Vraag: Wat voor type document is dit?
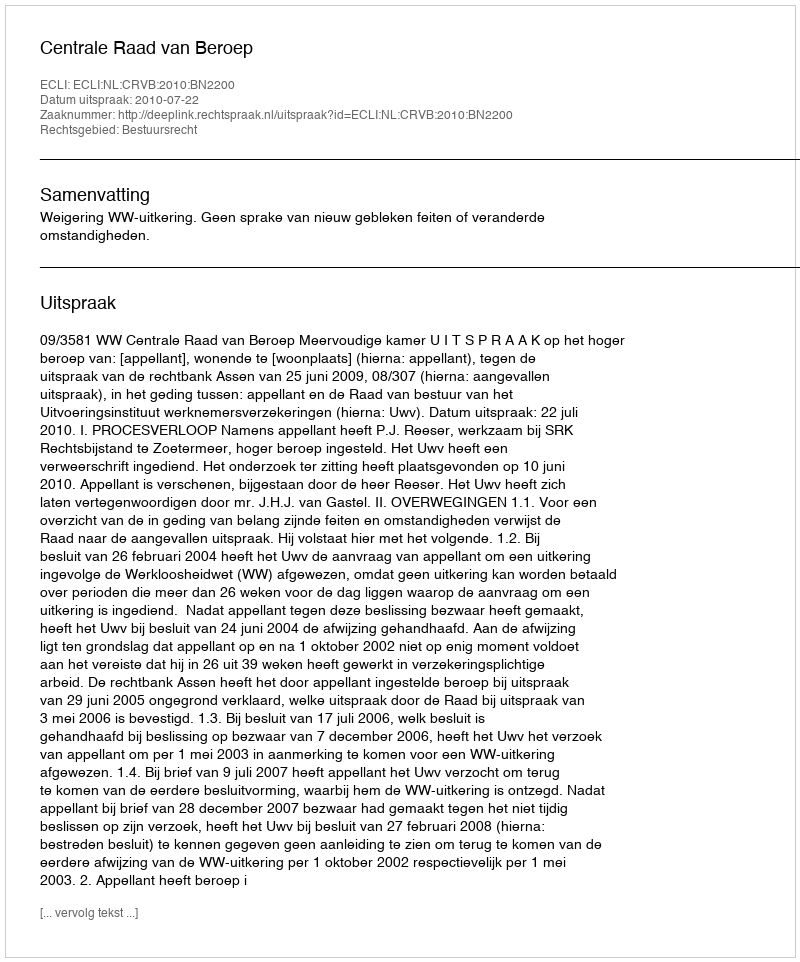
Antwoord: Uitspraak